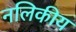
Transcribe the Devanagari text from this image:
नलिकीय